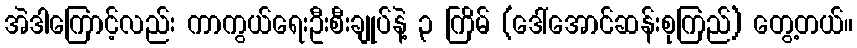
အဲဒါကြောင့်လည်း ကာကွယ်ရေးဦးစီးချုပ်နဲ့ ၃ ကြိမ် (ဒေါ်အောင်ဆန်းစုကြည်) တွေ့တယ်။